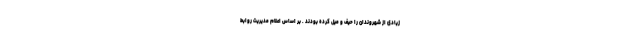
زیادی از شهروندان را حیف و میل کرده بودند . بر اساس اعلام مدیریت روابط